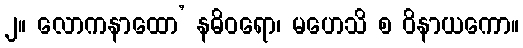
၂။ လောကနာထော’ နဓိဝရော၊ မဟေသိ စ ဝိနာယကော။